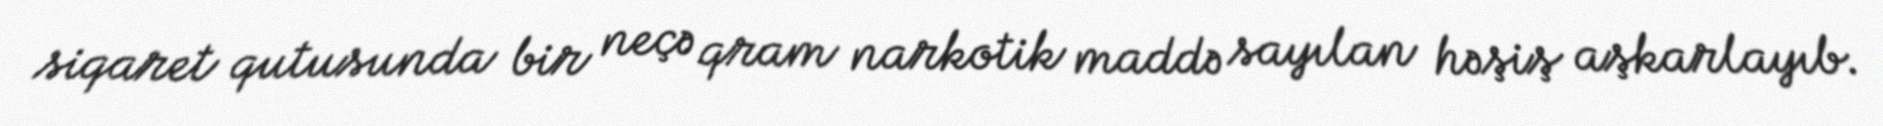
siqaret qutusunda bir neçə qram narkotik maddə sayılan həşiş aşkarlayıb.